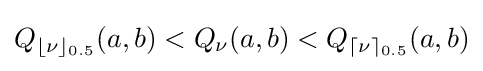
Q_{\lfloor \nu \rfloor _{0.5}}(a,b)<Q_{\nu }(a,b)<Q_{\lceil \nu \rceil _{0.5}}(a,b)